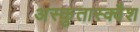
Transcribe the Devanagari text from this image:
अस्कुतास्क्वैश